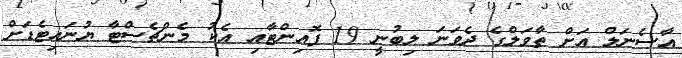
އާސެނަލް އަށް ތާވަލްގެ ދެވަނަ ލިބުނީ 19 ޕޮއިންޓާއި އެކު މެންޗެސްޓާ ޔުނައިޓެޑަށް